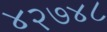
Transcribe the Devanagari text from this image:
४२७४८